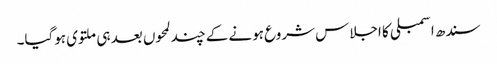
سندھ اسمبلی کا اجلاس شروع ہونے کے چند لمحوں بعد ہی ملتوی ہوگیا۔